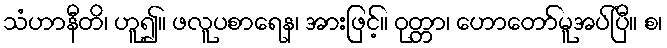
သံဟာနီတိ၊ ဟူ၍။ ဖလူပစာရေန၊ အားဖြင့်။ ဝုတ္တာ၊ ဟောတော်မူအပ်ပြီ။ စ၊